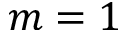
m = 1